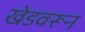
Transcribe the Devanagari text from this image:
खेडवरून